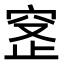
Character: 𬔊